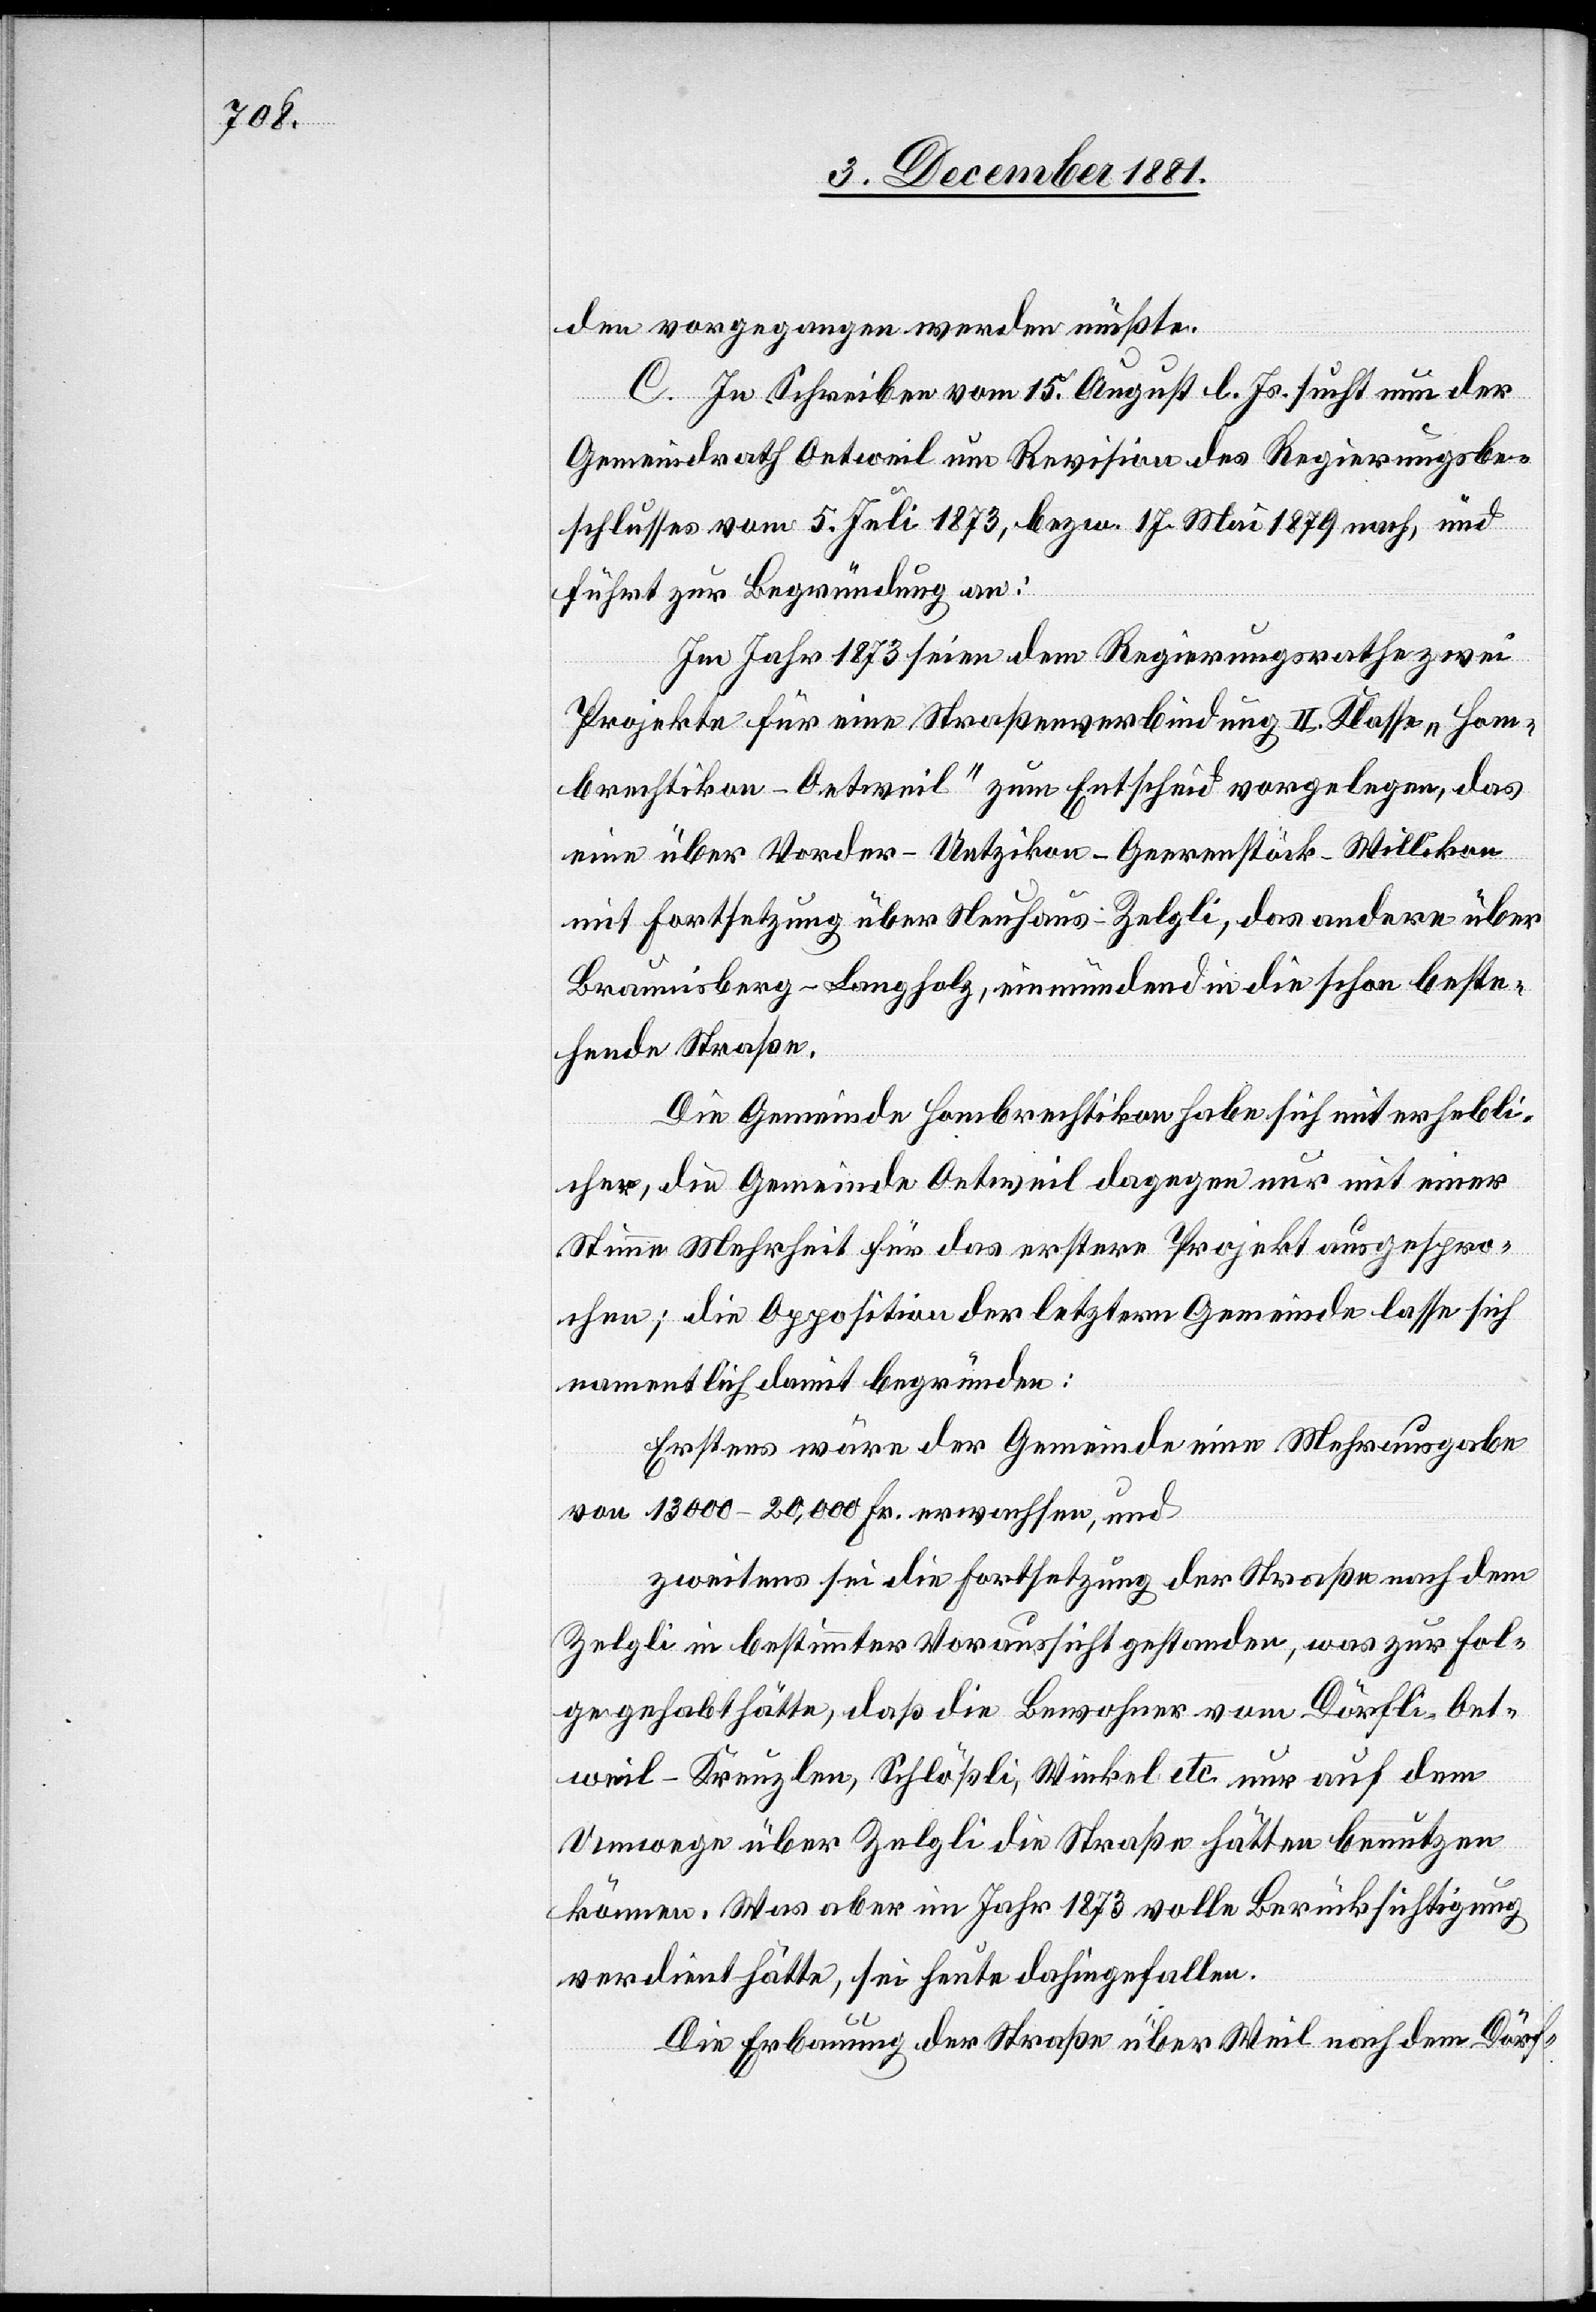
den vorgegangen werden müßte.
C. In Schreiben vom 15. August l. Js. sucht nun der
Gemeindrath Oetweil um Revision des Regierungsbe¬
schlusses vom 5. Juli 1873, bezw. 17. Mai 1879 nach, und
führt zur Begründung an:
Im Jahr 1873 seien dem Regierungsrathe zwei
Projekte für eine Straßenverbindung II. Klasse „Hom¬
brechtikon–Oetweil“ zum Entscheid vorgelegen, das
eine über Vorder-Uetzikon–Geerenstöck–Willikon
mit Fortsetzung über Neuhaus–Zelgli, das andere über
Braunisberg–Langholz, einmündend in die schon beste¬
hende Straße.
Die Gemeinde Hombrechtikon habe sich mit erhebli¬
cher, die Gemeinde Oetweil dagegen nur mit einer
Stimme Mehrheit für das erstere Projekt ausgespro¬
chen; die Opposition der letztern Gemeinde lasse sich
namentlich damit begründen:
Erstens wäre der Gemeinde eine Mehrausgabe
von 13 000–20,000 Fr. erwachsen, und
zweitens sei die Fortsetzung der Straße nach dem
Zelgli in bestimmter Voraussicht gestanden, was zur Fol¬
ge gehabt hätte, daß die Bewohner vom Dörfli Oet¬
weil-Kreuzlau, Schlößli, Winkel etc. nur auf dem
Umwege über Zelgli die Straße hätten benutzen
können. Was aber im Jahr 1873 volle Berücksichtigung
verdient hätte, sei heute dahingefallen.
Die Erbauung der Straße über Weil nach dem Dörf-